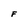
Character: F